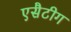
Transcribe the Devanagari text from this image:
एसैटीग